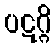
ပဋဂ္ဂိ